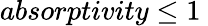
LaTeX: absorptivity\le 1\